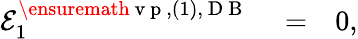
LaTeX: \begin{array}{rlr}{{\cal E}_{1}^{\ensuremath{\mathrm{~v~p~}},(1),\mathrm{~D~B~}}}&{{}=}&{0,}\end{array}